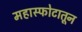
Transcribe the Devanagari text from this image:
महास्फोटातून